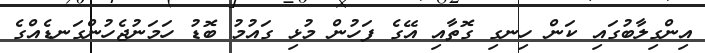
އިންގިލާބުގައި ކަން ހިނގި ގޮތާއި އޭގެ ފަހުން މުޅި ގައުމު ބޮޑު ހަމަނުޖެހުންގަނޑެއްގެ